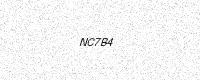
Text: NC7B4